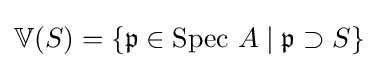
\mathbb {V} (S)=\{{\mathfrak {p}}\in \mathrm {Spec} \ A\mid {\mathfrak {p}}\supset S\}